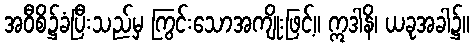
အဝီစိ၌ခံပြီးသည်မှ ကြွင်းသောအကျိုးဖြင့်။ ဣဒါနိ၊ ယခုအခါ၌။